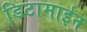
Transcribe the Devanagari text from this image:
डिटामाईन